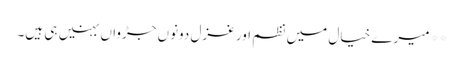
**میرے خیال میں نظم اور غزل دونوں جڑواں بہنیں ہی ہیں۔